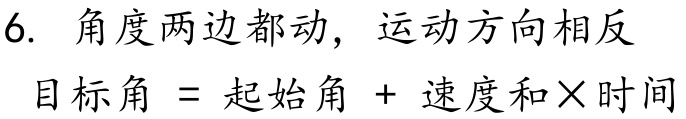
6. 角度两边都动，运动方向相反
目标角 = 起始角 + 速度和×时间